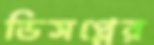
ডিসপ্লের